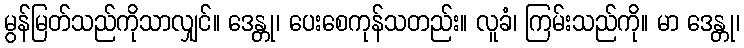
မွန်မြတ်သည်ကိုသာလျှင်။ ဒေန္တု၊ ပေးစေကုန်သတည်း။ လူခံ၊ ကြမ်းသည်ကို။ မာ ဒေန္တု၊